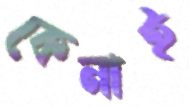
কেনাই